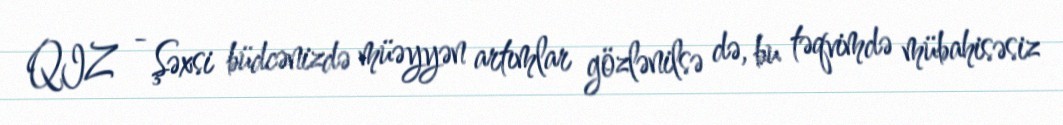
QIZ - Şəxsi büdcənizdə müəyyən artımlar gözlənilsə də, bu təqvimdə mübahisəsiz